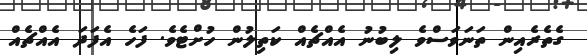
ގެތެރެއިން ތަނަވަސްވެ ލިބުނު އެއްޗެއް ކަތިލުން ހުށްޓެވެ. ފަހެ އެފަދަ އެއްޗެއް